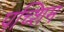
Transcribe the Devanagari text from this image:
पच्शिम